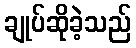
ချုပ်ဆိုခဲ့သည်